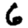
Digit: 6